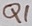
Text: Q1